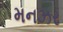
મનઝર